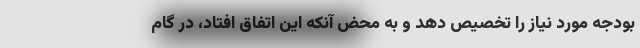
بودجه مورد نیاز را تخصیص دهد و به محض آنکه این اتفاق افتاد، در گام